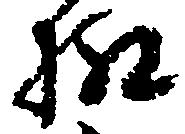
極